Lunatic asylums Central Provinces reports 1895-1909 - 1895-1909
Year: 1895
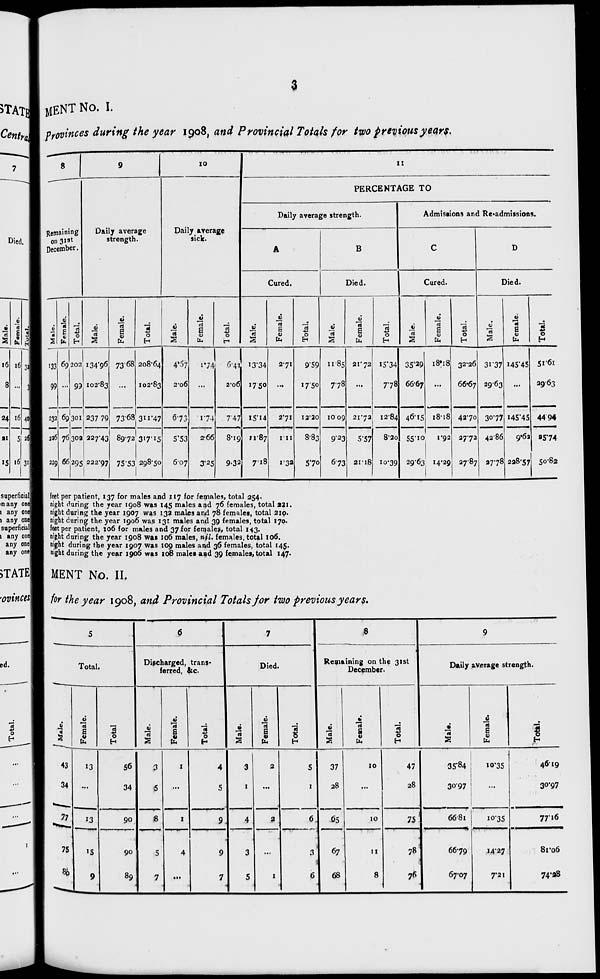
3
MENT No. I.
Provinces during the year 1908, and Provincial Totals for two previous years.
8
Remaining
on 31 st
December.
Male.
133
99
232
226
229
Female.
69
...
69
76
66
Total.
202
99
301
302
295
9
Daily average
strength.
Male.
134.96
102.83
237.79
227.43
222.07
Female.
73.68
...
73.68
89.72
75.53
Total.
208.64
102.83
311.47
317.15
298.50
10
Daily average
sick.
Male.
4.57
2.06
6.73
5.53
6.07
Female.
1.74
...
1.74
2.66
3.25
Total.
6.41
2.06
7.47
8.19
9.32
11
PERCENTAGE TO
Daily average strength.
A
Cured.
Male.
13.34
17.50
15.14
11.87
7.18
Female.
2.71
...
2.71
1.11
1.32
Total.
9.59
17.50
12.20
8.83
5.70
B
Died.
Male.
11.85
7.78
10.09
9.23
6.73
Female.
21.72
...
21.72
5.57
21.18
Total.
15.34
7.78
12.84
8.20
10.39
Admissions and Re-admissions.
C
Cured.
Male.
35.29
66.67
46.15
55.10
29.63
Female.
18.18.
...
18.18
1.92
14.29
Total.
32.26
66.67
42.70
27.72
27.87
D
Died.
Male.
31.37
29.63
30.77
42.86
27.78
Female.
145.45
...
145.45
9.62
228.57
Total.
51.61
29.63
44.94
25.74
50.82
feet per patient, 137 for males and 117 for females, total 254.
night during the year 1908 was 145 males and 76 females, total 221.
night during the year 1907 was 132 males and 78 females, total 210.
night during the year 1906 was 131 males and 39 females, total 170.
feet per patient, 106 for males and 37 for females, total 143.
night during the year 1908 was 106 males, nil. females, total 106.
night during the year 1907 was 109 males and 36 females, total 145.
night during the year 1906 was 108 males and 39 females, total 147.
MENT No. II.
for the year 1908, and Provincial Totals for two previous years.
5
Total.
Male.
43
34
77
75
80
Female.
13
...
13
15
9
Total
56
34
90
90
89
6
Discharged,trans-
ferred,&c.
Male.
3
5
8
5
7
Female.
1
...
1
4
...
Total.
4
5
9
9
7
7
Died.
Male.
3
1
4
3
5
Female.
2
...
2
...
1
Total.
5
1
6
3
6
8
Remaining on the 31st
December.
Male.
37
28
65
67
68
Female.
10
...
10
11
8
Total.
47
28
75
78
76
9
Daily average strength.
Male.
35.84
30.97
66.81
66.79
67.07
Female.
10.35
...
10.35
14.27
7.21
Total.
46.19
30.97
77.16
81.06
74.28